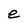
Character: e